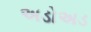
અડોઅડ